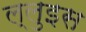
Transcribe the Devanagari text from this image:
ल्लुइस